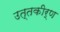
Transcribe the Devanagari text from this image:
उत्तकीर्ण